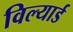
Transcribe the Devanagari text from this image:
विल्यार्ड